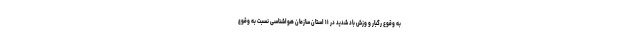
به وقوع رگبار و وزش باد شدید در ۱۱ استان سازمان هواشناسی نسبت به وقوع